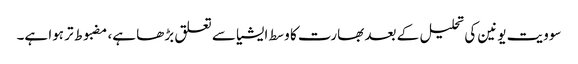
سوویت یونین کی تحلیل کے بعد بھارت کا وسط ایشیا سے تعلق بڑھا ہے، مضبوط تر ہوا ہے۔